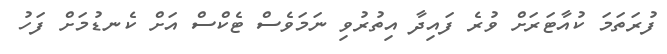
ފުރަތަމަ ކުއާޓަރަށް ވުރެ ފައިދާ އިތުރުވި ނަމަވެސް ޓެކްސް އަށް ކެނޑުމަށް ފަހު